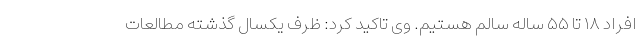
افراد ۱۸ تا ۵۵ ساله سالم هستیم. وی تاکید کرد: ظرف یکسال گذشته مطالعات